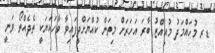
ޑރ މުހައްމަދު މުއިއްޒު ބާރަ އަހަރަށް މިތަން ކުއްޔަށްދީފައިވާ ވާހަކަޔަކީ ތެދެއްތޯ ވަނީ